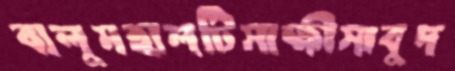
বালুমহালটিসাক্ষীসাবুদ